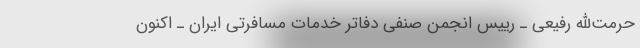
حرمت‌الله رفیعی ـ رییس انجمن صنفی دفاتر خدمات مسافرتی ایران ـ اکنون